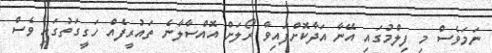
ނަމަވެސް މި ފިލްމުގައި އޭނާ އަދާކޮށްފައިވާ ރޯލަށް އޮއްސާލާނެ ތައުރީފެއް ހަގީގަތުގައި ވެސް